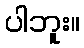
ပါဘူး။